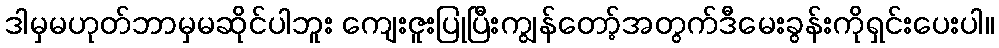
ဒါမှမဟုတ်ဘာမှမဆိုင်ပါဘူး ကျေးဇူးပြုပြီးကျွန်တော့်အတွက်ဒီမေးခွန်းကိုရှင်းပေးပါ။